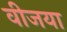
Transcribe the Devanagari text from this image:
वीजया